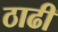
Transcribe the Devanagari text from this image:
ठाढी